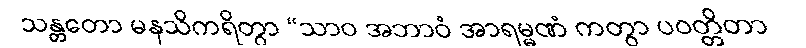
သန္တတော မနသိကရိတွာ “သာဝ အဘာဝံ အာရမ္မဏံ ကတွာ ပဝတ္တိတာ